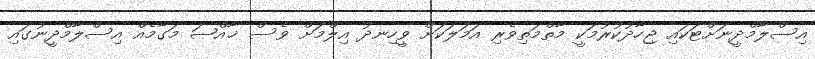
އިސްލާމްދީނަށްޓަކައި ޖިހާދުކުރުމަކީ މާތްމަތިވެރި އަމަލަކަށް ވީހިނދު އިލްމަށް ވެސް ޚާއްޞަ މަގާމެއް އިސްލާމްދީނުގައި